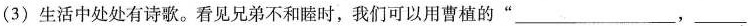
(3) 生活中处处有诗歌。看见兄弟不和睦时，我们可以用曹植的“ ___，___